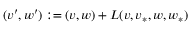
( v ^ { \prime } , w ^ { \prime } ) : = ( v , w ) + L ( v , v _ { * } , w , w _ { * } )